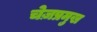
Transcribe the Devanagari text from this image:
चेज़प्रमुख